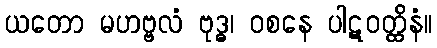
ယတော မဟဗ္ဗလံ ဗုဒ္ဓ၊ ဝစနေ ပါဋဝတ္ထိနံ။